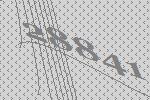
28841